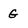
Character: G